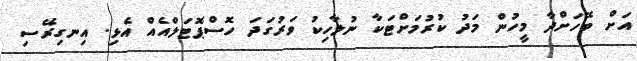
އަށް ބޭހަށްދާ މީހުން މަދު ކުރުމަށްޓަކާ ނުލާހިކު ވަރުގަދަ ހޮސްޕޮޓަލްއެއް އެޅި. އިނގިރޭސި